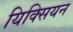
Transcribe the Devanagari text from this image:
यिक्सियन